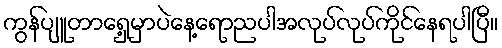
ကွန်ပျူတာရှေ့မှာပဲနေ့ရောညပါအလုပ်လုပ်ကိုင်နေရပါပြီ။